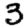
Digit: 3